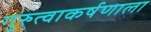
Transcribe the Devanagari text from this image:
गुरुत्वाकर्षणाला